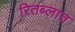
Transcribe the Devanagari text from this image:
रितब्लात